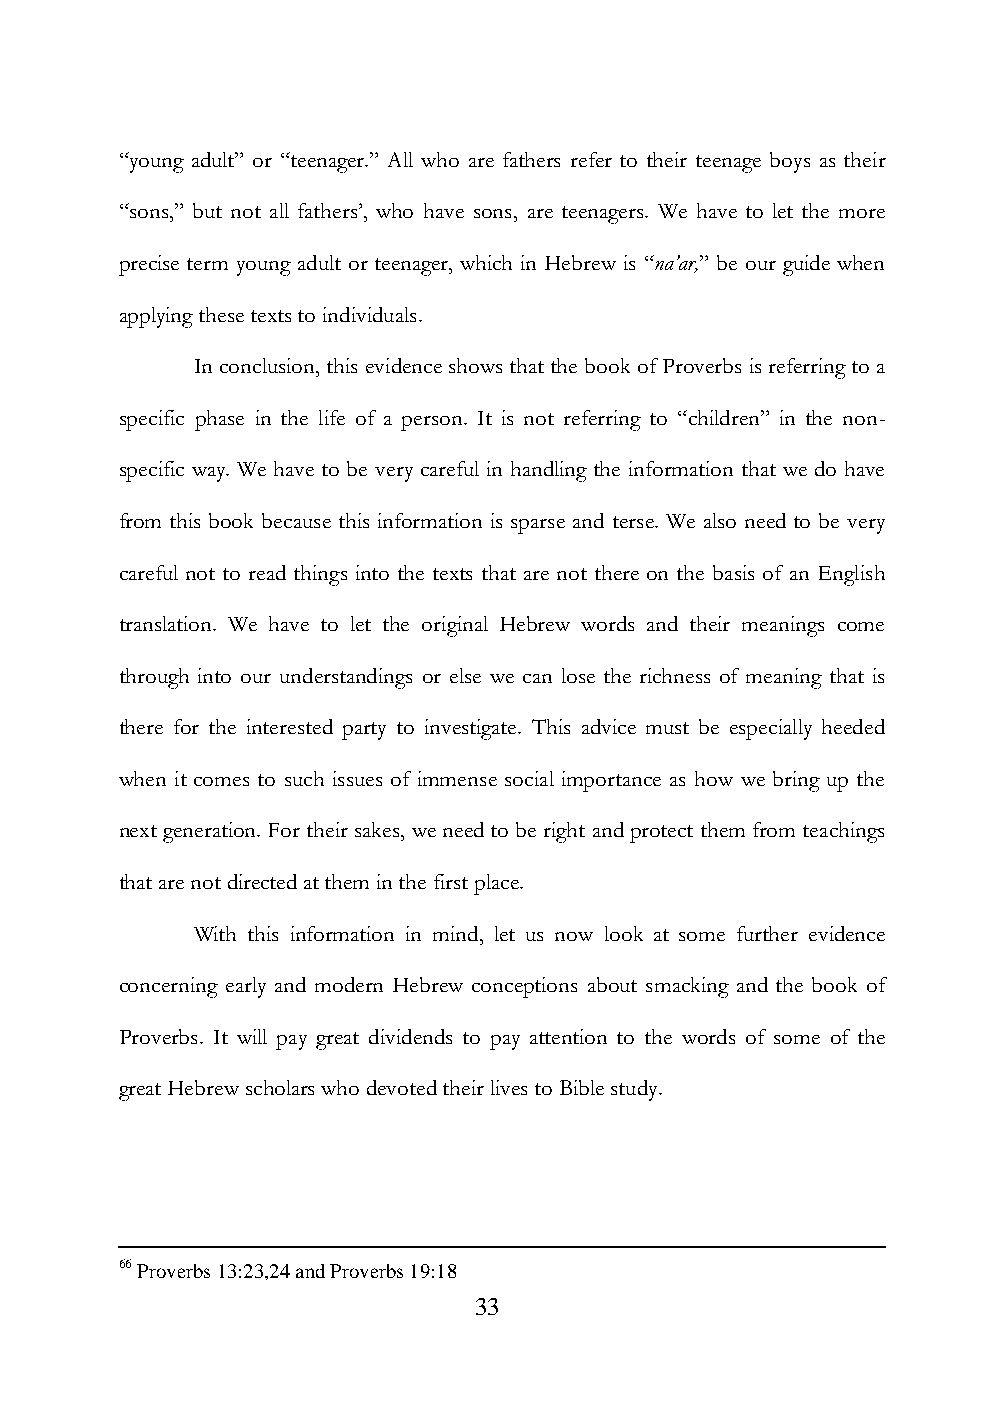
“young adult” or “teenager.” All who are fathers refer to their teenage boys as their
 “sons,” but not all fathers‟, who have sons, are teenagers. We have to let the more
 precise term young adult or teenager, which in Hebrew is “na’ar,” be our guide when
 applying these texts to individuals.
 In conclusion, this evidence shows that the book of Proverbs is referring to a
 specific phase in the life of a person. It is not referring to “children” in the non-
 specific way. We have to be very careful in handling the information that we do have
 from this book because this information is sparse and terse. We also need to be very
 careful not to read things into the texts that are not there on the basis of an English
 translation. We have to let the original Hebrew words and their meanings come
 through into our understandings or else we can lose the richness of meaning that is
 there for the interested party to investigate. This advice must be especially heeded
 when it comes to such issues of immense social importance as how we bring up the
 next generation. For their sakes, we need to be right and protect them from teachings
 that are not directed at them in the first place.
 With this information in mind, let us now look at some further evidence
 concerning early and modern Hebrew conceptions about smacking and the book of
 Proverbs. It will pay great dividends to pay attention to the words of some of the
 great Hebrew scholars who devoted their lives to Bible study.
 66 Proverbs 13:23,24 and Proverbs 19:18
 33